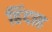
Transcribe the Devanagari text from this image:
हिंदाह